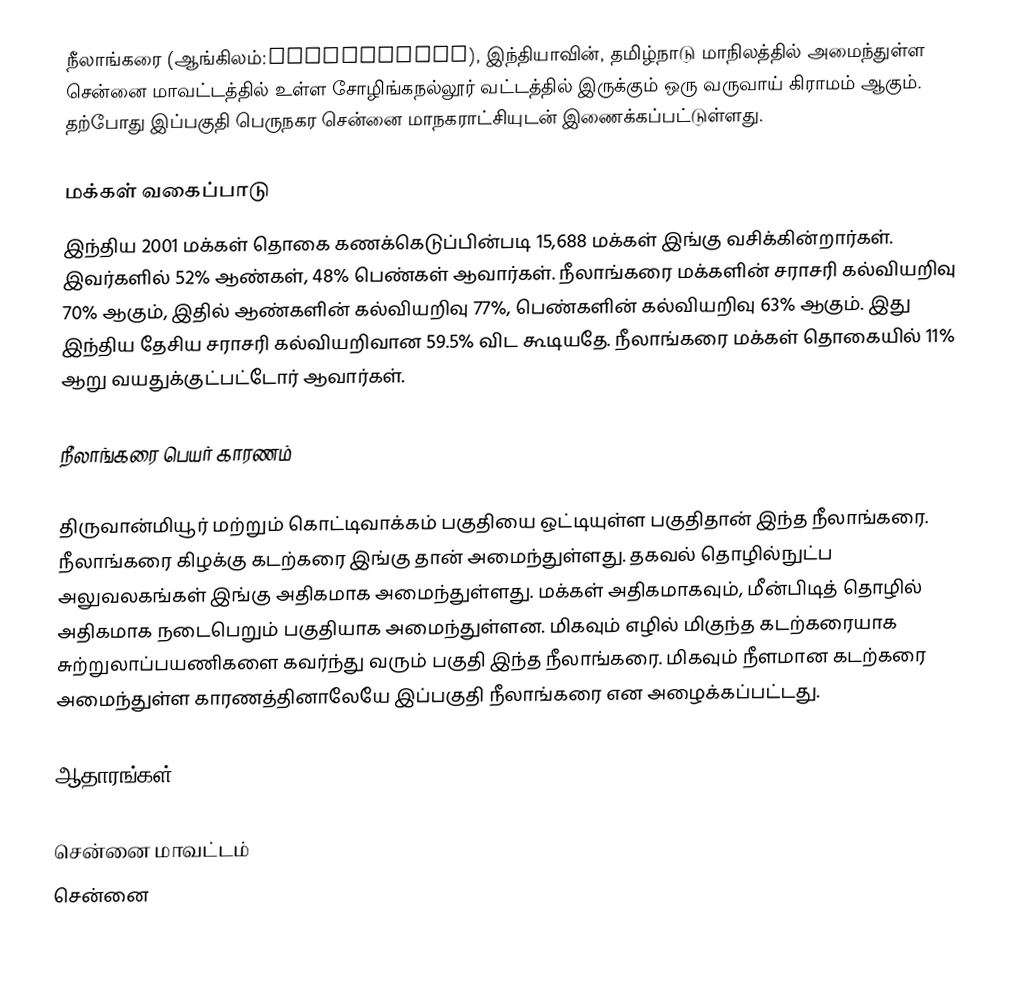
நீலாங்கரை (ஆங்கிலம்:Neelankarai), இந்தியாவின், தமிழ்நாடு மாநிலத்தில் அமைந்துள்ள  சென்னை மாவட்டத்தில் உள்ள சோழிங்கநல்லூர் வட்டத்தில் இருக்கும் ஒரு வருவாய் கிராமம் ஆகும். தற்போது இப்பகுதி பெருநகர சென்னை மாநகராட்சியுடன் இணைக்கப்பட்டுள்ளது.

மக்கள் வகைப்பாடு
இந்திய 2001 மக்கள் தொகை கணக்கெடுப்பின்படி 15,688 மக்கள் இங்கு வசிக்கின்றார்கள். இவர்களில் 52% ஆண்கள், 48% பெண்கள் ஆவார்கள். நீலாங்கரை மக்களின் சராசரி கல்வியறிவு 70% ஆகும், இதில் ஆண்களின் கல்வியறிவு 77%,  பெண்களின் கல்வியறிவு 63% ஆகும். இது இந்திய தேசிய சராசரி கல்வியறிவான 59.5% விட கூடியதே. நீலாங்கரை மக்கள் தொகையில் 11% ஆறு வயதுக்குட்பட்டோர் ஆவார்கள்.

நீலாங்கரை பெயர் காரணம்

திருவான்மியூர் மற்றும் கொட்டிவாக்கம் பகுதியை ஒட்டியுள்ள பகுதிதான் இந்த நீலாங்கரை. நீலாங்கரை கிழக்கு கடற்கரை இங்கு தான் அமைந்துள்ளது. தகவல் தொழில்நுட்ப அலுவலகங்கள் இங்கு அதிகமாக அமைந்துள்ளது. மக்கள் அதிகமாகவும், மீன்பிடித் தொழில் அதிகமாக நடைபெறும் பகுதியாக அமைந்துள்ளன. மிகவும் எழில் மிகுந்த கடற்கரையாக சுற்றுலாப்பயணிகளை கவர்ந்து வரும் பகுதி இந்த நீலாங்கரை. மிகவும் நீளமான கடற்கரை அமைந்துள்ள காரணத்தினாலேயே இப்பகுதி நீலாங்கரை என அழைக்கப்பட்டது.

ஆதாரங்கள்

சென்னை மாவட்டம்
சென்னை